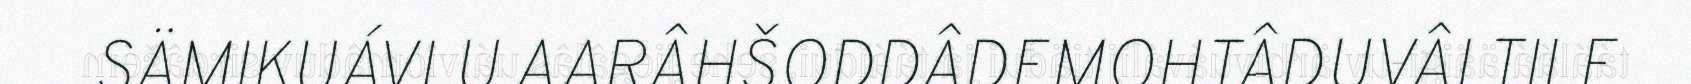
SÄMIKUÁVLU AARÂHŠODDÂDEMOHTÂDUVÂI TILE